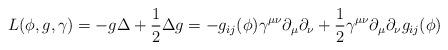
LaTeX: \begin{align*} L(\phi, g, \gamma ) = -g\Delta + \frac{1}{2}{\Delta g} = - g_{ij}(\phi)\gamma^{\mu\nu}\partial_\mu\partial_\nu + \frac{1}{2} \gamma^{\mu\nu}\partial_\mu\partial_\nu g_{ij}(\phi)\end{align*}